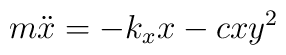
m {\ddot x} = - k_x x - c x y^2